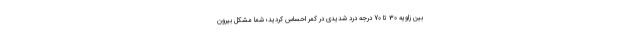
بين زاويه 30 تا 70 درجه درد شدیدی در كمر احساس كرديد؛ شما مشكل بيرون